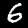
Label: 6